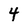
Character: 4